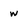
Character: w